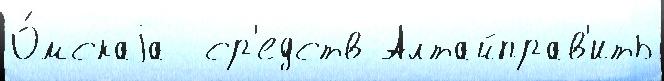
О́мскаjа  ср'едств Алтайправ'ить